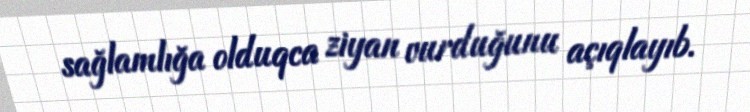
sağlamlığa olduqca ziyan vurduğunu açıqlayıb.